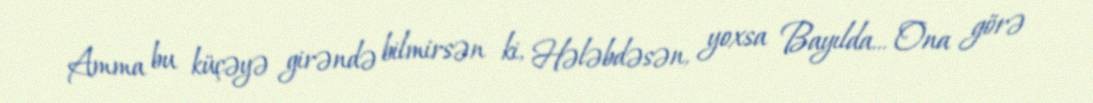
Amma bu küçəyə girəndə bilmirsən ki, Hələbdəsən, yoxsa Bayılda... Ona görə